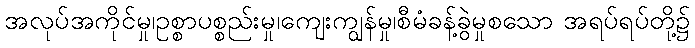
အလုပ်အကိုင်မှု၊ဥစ္စာပစ္စည်းမှု၊ကျေးကျွန်မှု၊စီမံခန့်ခွဲမှုစသော အရပ်ရပ်တို့၌